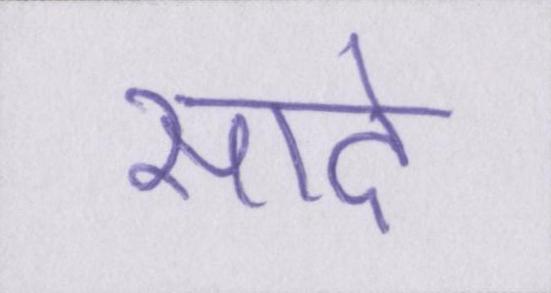
सादे